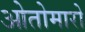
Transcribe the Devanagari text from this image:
ओतोमारो